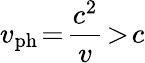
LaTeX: v_{\mathrm{ph}}\! =\! \frac{c^{2}}{v}\! >\! c